Indian Medical Review
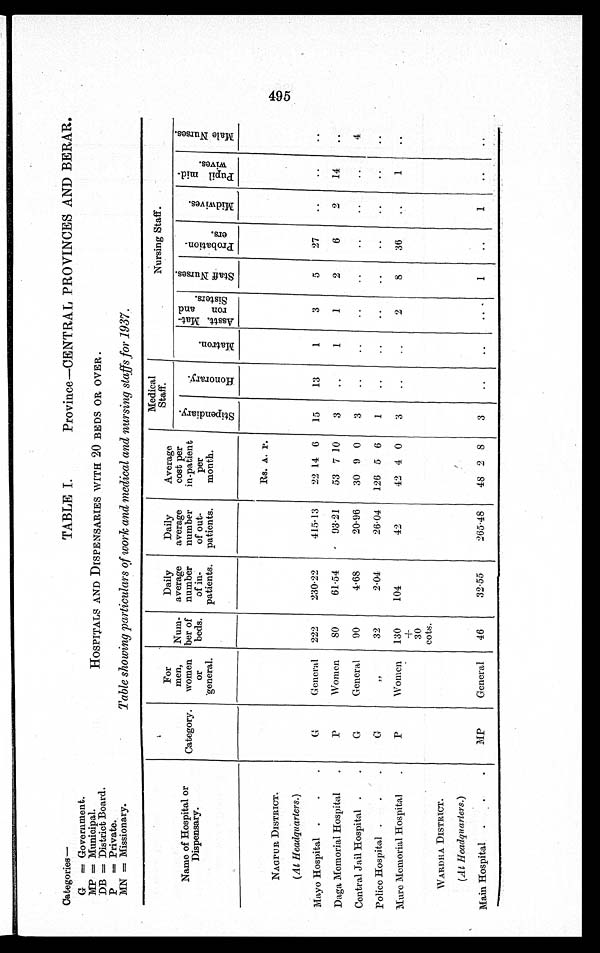
Categories—
TABLE I.
Province—CENTRAL PROVINCES AND BERAR.
G = Government.
MP = Municipal.
HOSPITALS AND DISPENSARIES WITH 20 BEDS OR OVER.
DB = District Board.
P=Private.
MN = Missionary.
Table showing particulars of work and medical and nursing staffs for 1937 .
Name of Hospital or
Dispensary.
Category.
For
men,
women
or
general.
Num-
ber of
beds.
Daily
average
number
of in-
patients.
Daily
average
number
of out-
patients.
Average
cost per
in-patient
per
month.
Medical
Staff.
Nursing Staff.
S t i p e n d i a r y .
H o n o r a r y .
M a t r o n .
A s s t t . M a t -
r o n a n d
S i s t e r s .
S t a f f N u r s e s .
P r o b a t i o n - e r s .
M i d w i v e s .
P i p i l m i d -
w i v e s
M a l e N u r s e s .
NAGPUR DISTRICT.
G
General
222
230.22
415.13
Rs. A. P.
15
13
1
3
5
27
..
..
..
(At Headquarters.)
22 14 6
Mayo Hospital .
.
.
Daga Memorial Hospital
.
P
Women
8O
61.54
93.21
53 7 10
3
..
1
1
2
6
2
14
..
Central Jail Hospital .
.
G
General
90
4.68
20.96
30 9 0
3
..
..
..
..
..
..
..
4
Police Hospital .
.
.
G
„
32
2.04
26.04
126 5 6
1
..
..
..
..
..
..
..
..
Mure Memorial Hospital
.
P
Women
130
+
30
Cots.
104
42
42 4 0
3
..
..
2
8
36
..
1
..
WARDHA DISTRICT.
(At Headquarters.)
Main Hospital .
.
.
MP
General
46
32.55
265.48
48 2
8
3
..
..
.. .
1
..
1
..
..
4 9 5